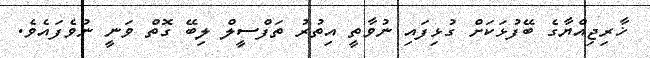
ޚާރިޖިއްޔާގެ ބޭފުޅަކަށް ގުޅިފައި ނުވާތީ އިތުރު ތަފްސީލް ލިބޭ ގޮތް ވަނީ ނުވެފައެވެ.